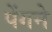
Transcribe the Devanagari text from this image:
पेंगने